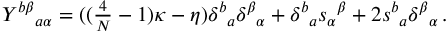
Y ^ { b \beta } { } _ { a \alpha } = ( ( \textstyle { \frac { 4 } { { \cal N } } } - 1 ) \kappa - \eta ) \delta ^ { b } { } _ { a } \delta ^ { \beta } { } _ { \alpha } + \delta ^ { b } { } _ { a } s _ { \alpha } { } ^ { \beta } + 2 s ^ { b } { } _ { a } \delta ^ { \beta } { } _ { \alpha } \, .